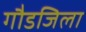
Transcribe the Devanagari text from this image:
गौडजिला